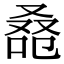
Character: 𠭚